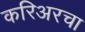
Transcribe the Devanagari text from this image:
करिअरचा